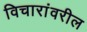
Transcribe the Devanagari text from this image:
विचारांवरील